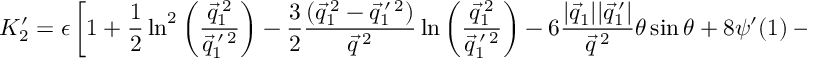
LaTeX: K _ { 2 } ^ { \prime } = \epsilon \left[ 1 + \frac { 1 } { 2 } \ln ^ { 2 } \left( \frac { \vec { q } _ { 1 } ^ { \: 2 } } { \vec { q } _ { 1 } ^ { \: \prime \: 2 } } \right) - \frac { 3 } { 2 } \frac { ( \vec { q } _ { 1 } ^ { \: 2 } - \vec { q } _ { 1 } ^ { \: \prime \: 2 } ) } { \vec { q } ^ { \: 2 } } \ln \left( \frac { \vec { q } _ { 1 } ^ { \: 2 } } { \vec { q } _ { 1 } ^ { \: \prime \: 2 } } \right) - 6 \frac { | \vec { q } _ { 1 } | | \vec { q } _ { 1 } ^ { \: \prime } | } { \vec { q } ^ { \: 2 } } \theta \sin \theta + 8 \psi ^ { \prime } ( 1 ) - 2 \theta ^ { 2 } \right] ,